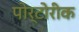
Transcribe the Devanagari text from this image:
पोर्टोरीक